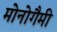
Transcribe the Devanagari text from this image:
मोनोगैमी